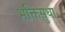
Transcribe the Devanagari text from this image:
भक्तिसुधा